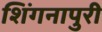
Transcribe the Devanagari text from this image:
शिंगनापुरी